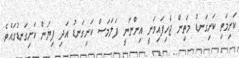
ކަށިމަތި ކަށިގަނޑު މަތިން ޖެހިފައިވަނީ އިންނަނީ ފަލަމަސް ކަށިގަނޑު އަދި ފިޔަން ކަށިގަނޑުގައެވެ.